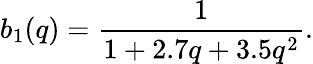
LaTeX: b_{1}(q)=\frac{1}{1+2.7q+3.5q^{2}}.